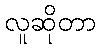
လူဆိုတာ